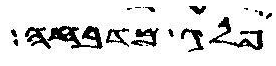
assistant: פלג מדבחה